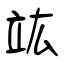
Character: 竑